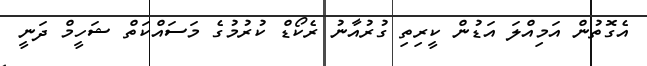
އެގޮތުން އަމިއްލަ އަޑުން ކީރިތި ގުރުއާނު ރެކޯޑް ކުރުމުގެ މަސައްކަތް ޝަހީމް ދަނީ